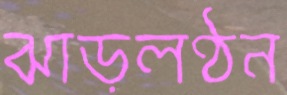
ঝাড়লণ্ঠন